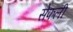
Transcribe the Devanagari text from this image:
सेफली